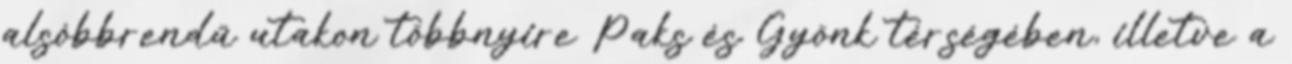
alsóbbrendű utakon többnyire Paks és Gyönk térségében, illetve a